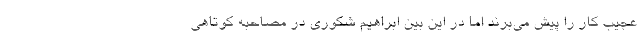
عجیب کار را پیش می‌برند اما در این بین ابراهیم شکوری در مصاحبه کوتاهی